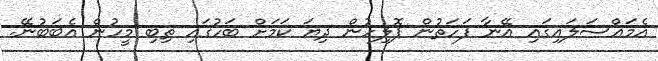
އެމައްސަލައިގައި އޭނާ ފަހަތުން ޕޮލިހުން ދިޔަ ކަމަށް ބަހުގައި ތިބި މީހުން އެބަބުނޭ.